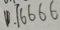
0 . 1 6 6 6 6